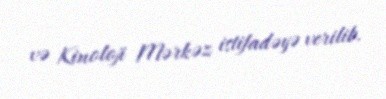
və Kinoloji Mərkəz istifadəyə verilib.